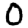
Digit: 0